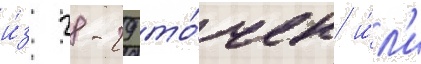
и́з 28-29 то́чек и́л'и